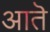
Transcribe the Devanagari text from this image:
आतॆ